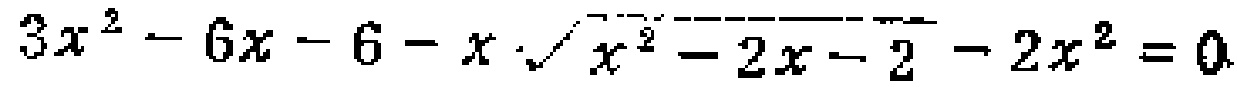
\(3x^{2}-6x - 6-x\sqrt{x^{2}-2x - 2}-2x^{2}=0\)